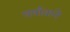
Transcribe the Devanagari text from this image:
वर्षावाने